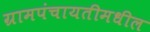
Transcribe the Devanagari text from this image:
ग्रामपंचायतीमधील